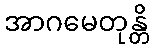
အာဂမေတုန္တိ